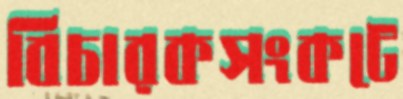
বিচারকসংকটে